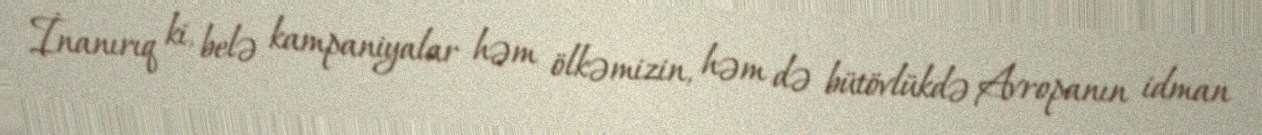
İnanırıq ki, belə kampaniyalar həm ölkəmizin, həm də bütövlükdə Avropanın idman